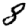
Digit: 8